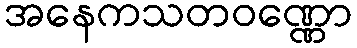
အနေကသတဝဏ္ဏော